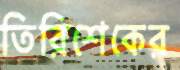
তিরিশেকের